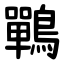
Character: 鷤